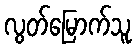
လွတ်မြောက်သူ